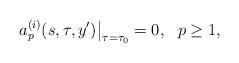
LaTeX: \begin{align*}a_p^{(i)}(s,\tau,y')\big|_{\tau=\tau_0}=0,\ \ p\geq 1,\end{align*}